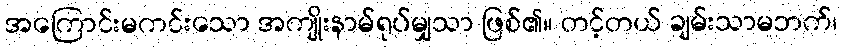
အကြောင်းမကင်းသော အကျိုးနာမ်ရုပ်မျှသာ ဖြစ်၏။ တင့်တယ် ချမ်းသာမဘက်၊